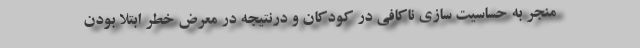
منجر به حساسیت سازی ناکافی در کودکان و درنتیجه در معرض خطر ابتلا بودن